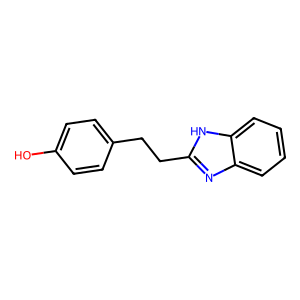
SMILES: Oc1ccc(CCc2nc3ccccc3[nH]2)cc1
Inhibits HIV replication: No